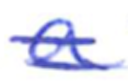
Text: a
Cross-out: double-line
Writing tool: ballpoint